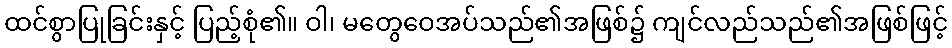
ထင်စွာပြုခြင်းနှင့် ပြည့်စုံ၏။ ဝါ၊ မတွေဝေအပ်သည်၏အဖြစ်၌ ကျင်လည်သည်၏အဖြစ်ဖြင့်